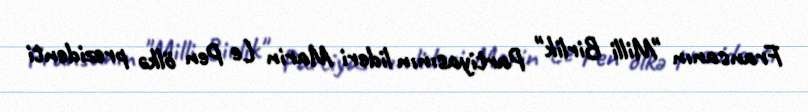
Fransanın "Milli Birlik" Partiyasının lideri Marin Le Pen ölkə prezidenti